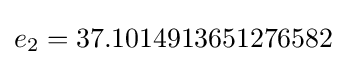
e_{2}=37.1014913651276582